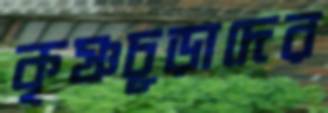
কৃষ্ণচূড়াদের